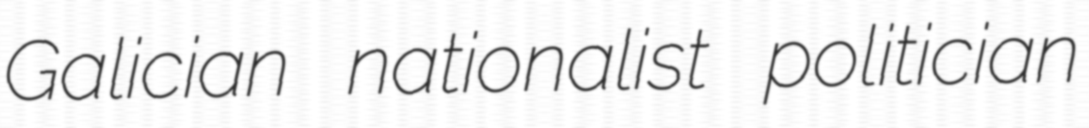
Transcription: Galician nationalist politician